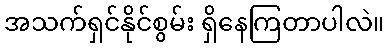
အသက်ရှင်နိုင်စွမ်း ရှိနေကြတာပါလဲ။